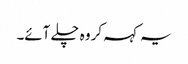
یہ کہہ کر وہ چلے آئے۔